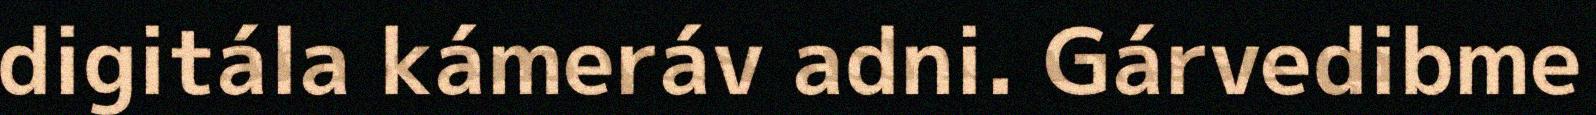
digitála kámeráv adni. Gárvedibme